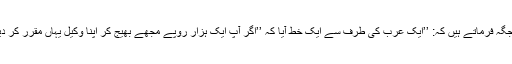
حضرت مسیح موعود علیہ الصلوٰۃ والسلام ایک جگہ فرماتے ہیں کہ: ’’ایک عرب کی طرف سے ایک خط آیا کہ ’’اگر آپ ایک ہزار روپے مجھے بھیج کر اپنا وکیل یہاں مقرر کر دیویں تو مَیں آپ کے مشن کی اشاعت کروں گا‘‘۔